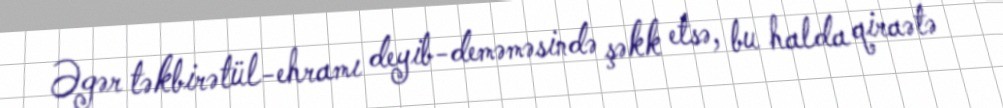
Əgər təkbirətül-ehramı deyib-deməməsində şəkk etsə, bu halda qiraətə